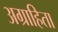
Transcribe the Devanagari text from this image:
अग्राहिता